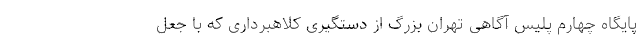
پایگاه چهارم پلیس آگاهی تهران بزرگ از دستگیری کلاهبرداری که با جعل